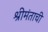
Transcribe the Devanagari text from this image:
श्रीमंताची